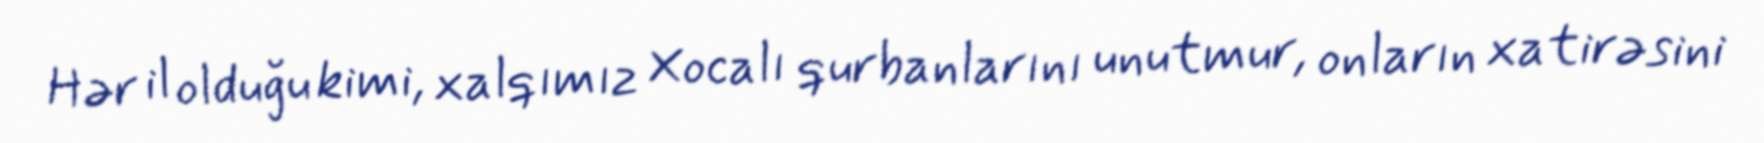
Hər il olduğu kimi, xalqımız Xocalı qurbanlarını unutmur, onların xatirəsini